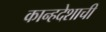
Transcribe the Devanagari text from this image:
कान्हदेशाची